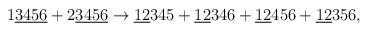
LaTeX: \begin{align*}1\underline{3456}+2\underline{3456}\rightarrow \underline{12}345 +\underline{12}346 +\underline{12}456 +\underline{12}356,\end{align*}